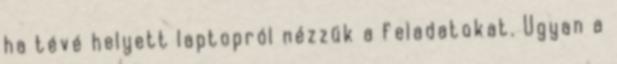
ha tévé helyett laptopról nézzük a feladatokat. Ugyan a